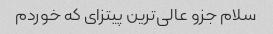
سلام جزو عالی‌ترین پیتزای که خوردم